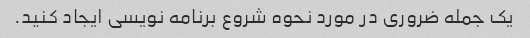
یک جمله ضروری در مورد نحوه شروع برنامه نویسی ایجاد کنید.